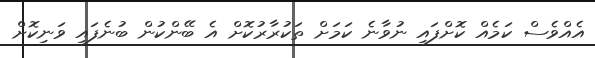
އެއްވެސް ކަމެއް ކޮށްފައި ނުވާނެ ކަމަށް ތަކުރާރުކޮށް އެ ބޭންކުން ބުނެފައި ވަނިކޮށް